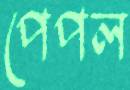
পেপল